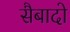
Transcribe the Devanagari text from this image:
सैबादो